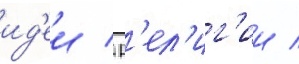
ид'еи / р'ел'иг'ии /